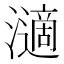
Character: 𤁷